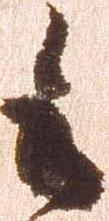
候